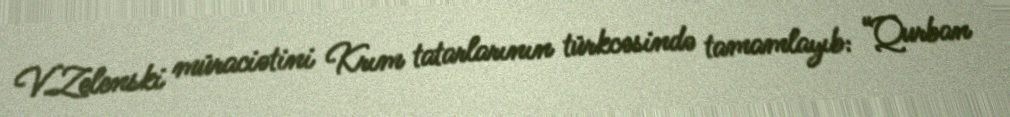
V.Zelenski müraciətini Krım tatarlarının türkcəsində tamamlayıb: “Qurban